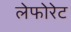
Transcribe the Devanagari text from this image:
लेफोरेट